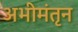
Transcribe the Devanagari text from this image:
अभीमंतृन